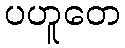
ပဟူတေ